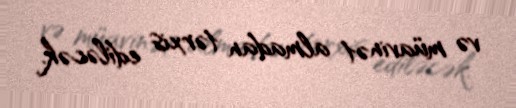
və müavinət almadan tərxis ediləcək.